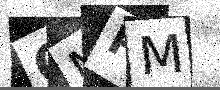
Text: OMPM